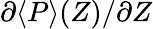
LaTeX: {\partial\langle P\rangle(Z)}/{\partial Z}